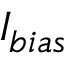
I _ { b i a s }